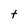
Character: Y